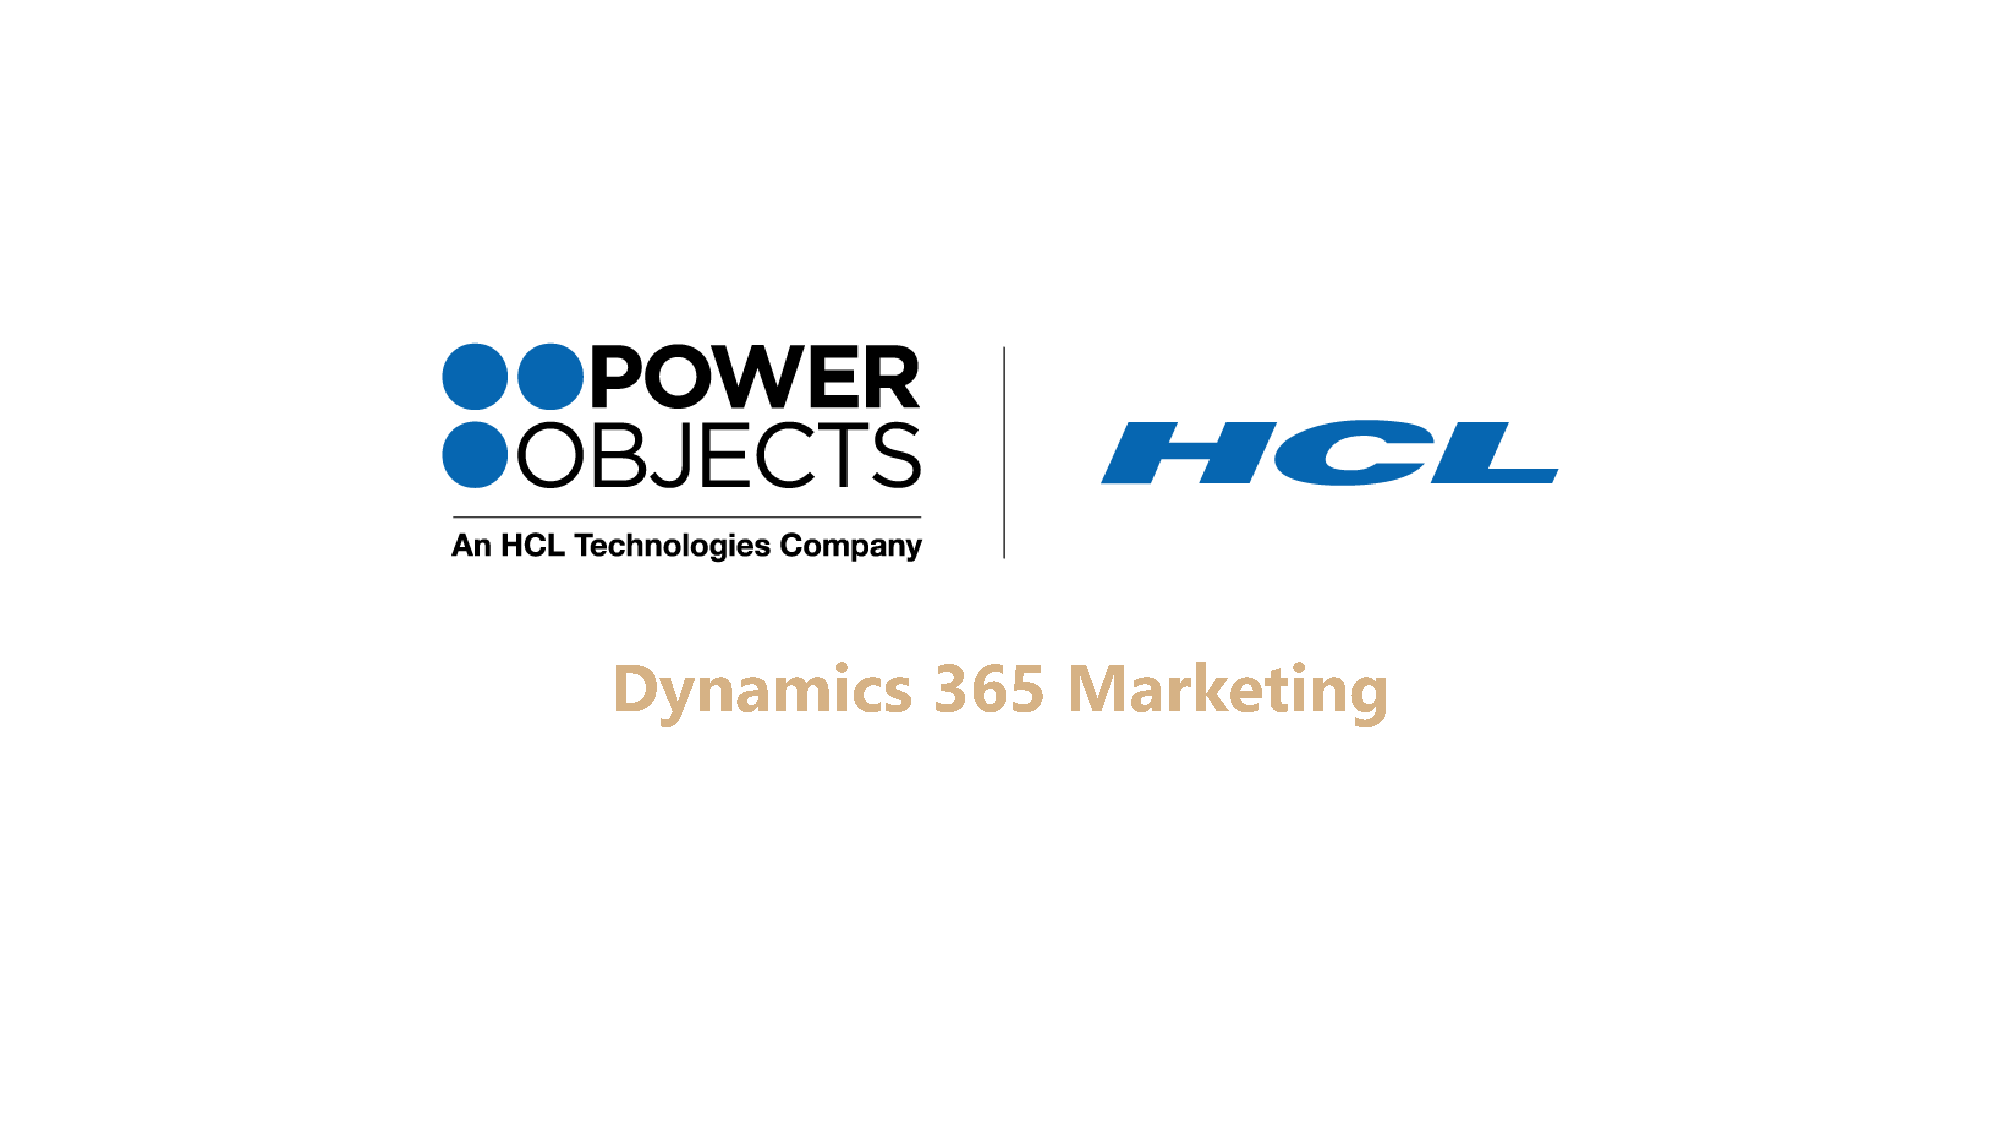
Dynamics              365      Marketing